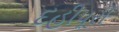
દહીપૂરી